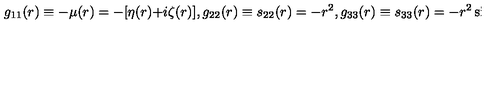
g _ { 1 1 } ( r ) \equiv - \mu ( r ) = - [ \eta ( r ) + i \zeta ( r ) ] , g _ { 2 2 } ( r ) \equiv s _ { 2 2 } ( r ) = - r ^ { 2 } , g _ { 3 3 } ( r ) \equiv s _ { 3 3 } ( r ) = - r ^ { 2 } \sin ^ { 2 } \theta , g _ { 0 0 } ( r ) \equiv \gamma ( r ) = \alpha ( r ) + i \beta ( r ) .